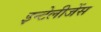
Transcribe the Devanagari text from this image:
इन्टेलीजेंस